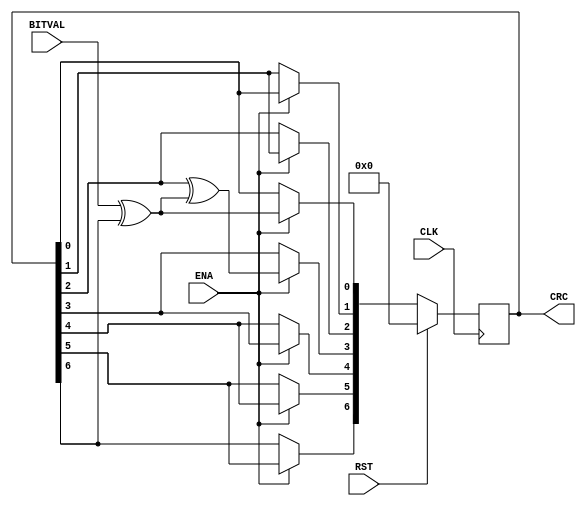
module serial_CRC7(
CLK, 
RST, 
ENA, 
BITVAL, 
CRC);
 

input CLK; // Current bit valid (Clock)
input RST;   
input ENA; // Init CRC value
input BITVAL; // Next input bit
output reg [6:0] CRC; // Current output CRC value

   
 // We need output registers
wire inv;
   
assign inv = BITVAL ^ CRC[6]; // XOR required?
   
always @(negedge CLK) 
begin
	if (RST) 
	begin
		CRC = {16{1'b0}};
	end
	else 
	begin
		if (ENA)
		begin
				CRC[6] = CRC[5];
				CRC[5] = CRC[4];
				CRC[4] = CRC[3];
				CRC[3] = CRC[2] ^ inv;
				CRC[2] = CRC[1];
				CRC[1] = CRC[0];
				CRC[0] = inv;
		end
	end
end
endmodule